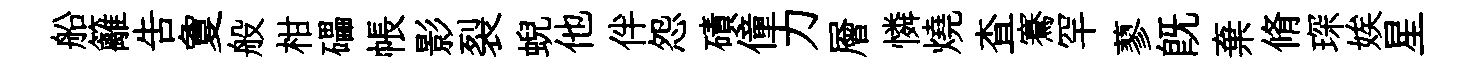
船籬告夐般柑礧帳影裂蜺他伴怨磧僮力層憐燒查騫罕蓼旣棄脩琛娭星